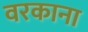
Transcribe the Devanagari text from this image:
वरकाना